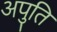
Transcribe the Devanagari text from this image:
अपुति